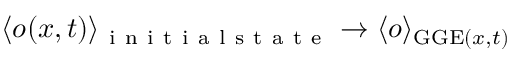
\langle o ( x , t ) \rangle _ { \mathrm { ~ i ~ n ~ i ~ t ~ i ~ a ~ l ~ s ~ t ~ a ~ t ~ e ~ } } \to \langle o \rangle _ { \mathrm { G G E } ( x , t ) }